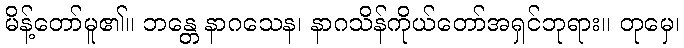
မိန့်တော်မူ၏။ ဘန္တေ နာဂသေန၊ နာဂသိန်ကိုယ်တော်အရှင်ဘုရား။ တုမှေ၊